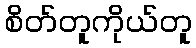
စိတ်တူကိုယ်တူ